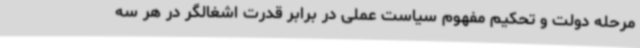
مرحله دولت و تحکیم مفهوم سیاست عملی در برابر قدرت اشغالگر در هر سه